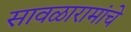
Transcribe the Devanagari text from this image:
सावळारामांचे